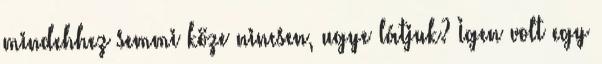
mindehhez semmi köze nincsen, ugye látjuk? Igen volt egy